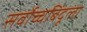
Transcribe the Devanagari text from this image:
सर्वोच्चबिंदूला